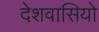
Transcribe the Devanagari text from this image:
देशवासियो